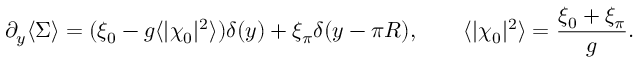
\partial _ { y } \langle \Sigma \rangle = ( \xi _ { 0 } - g \langle | \chi _ { 0 } | ^ { 2 } \rangle ) \delta ( y ) + \xi _ { \pi } \delta ( y - \pi R ) , \qquad \langle | \chi _ { 0 } | ^ { 2 } \rangle = { \frac { \xi _ { 0 } + \xi _ { \pi } } { g } } .